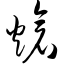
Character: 炝